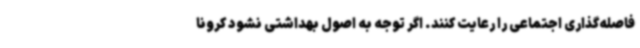
فاصله‌گذاری اجتماعی را رعایت کنند. اگر توجه به اصول بهداشتی نشود کرونا